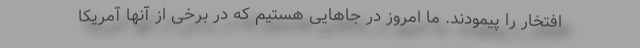
افتخار را پیمودند. ما امروز در جاهایی هستیم که در برخی از آنها آمریکا